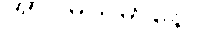
အာဂမယမာနော